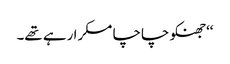
‘‘جھنکو چاچا مسکرا رہے تھے۔